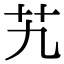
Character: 艽